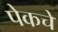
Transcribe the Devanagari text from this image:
पेकचे